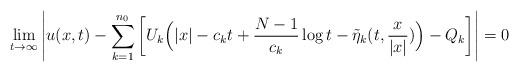
LaTeX: \begin{align*}\lim_{t\to\infty}\left|u(x,t)-\sum_{k=1}^{n_0}\left[U_k\Big(|x|-c_kt+\frac{N-1}{c_k}\log t-\tilde\eta_k(t, \frac{x}{|x|})\Big)-Q_k\right]\right|=0\end{align*}